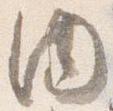
内